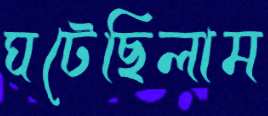
ঘটেছিলাম